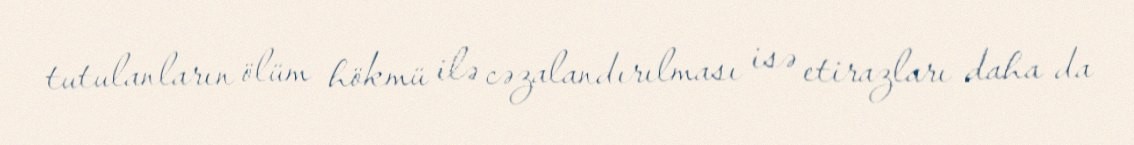
tutulanların ölüm hökmü ilə cəzalandırılması isə etirazları daha da